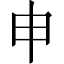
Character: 申